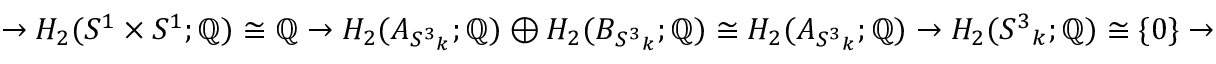
\rightarrow H _ { 2 } ( S ^ { 1 } \times S ^ { 1 } ; \mathbb { Q } ) \cong \mathbb { Q } \rightarrow H _ { 2 } ( A _ { { S ^ { 3 } } _ { k } } ; \mathbb { Q } ) \oplus H _ { 2 } ( B _ { { S ^ { 3 } } _ { k } } ; \mathbb { Q } ) \cong H _ { 2 } ( A _ { { S ^ { 3 } } _ { k } } ; \mathbb { Q } ) \rightarrow H _ { 2 } ( { S ^ { 3 } } _ { k } ; \mathbb { Q } ) \cong \{ 0 \} \rightarrow